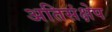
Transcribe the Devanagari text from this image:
अतिसंक्षेप